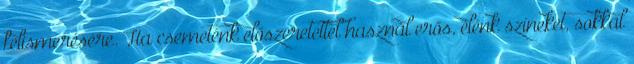
felismerésére. Ha csemeténk előszeretettel használ erős, élénk színeket, sokkal